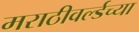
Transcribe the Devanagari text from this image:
मराठीवर्ल्डच्या